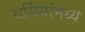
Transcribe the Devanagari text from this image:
धर्मियांमध्ये